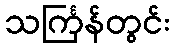
သင်္ကြန်တွင်း